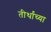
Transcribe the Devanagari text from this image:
तीर्थांच्या